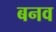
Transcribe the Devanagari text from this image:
बनव